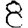
Digit: 8